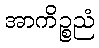
အာကိဉ္စညံ